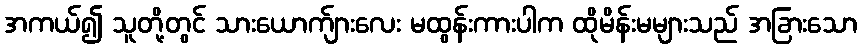
အကယ်၍ သူတို့တွင် သားယောက်ျားလေး မထွန်းကားပါက ထိုမိန်းမများသည် အခြားသော